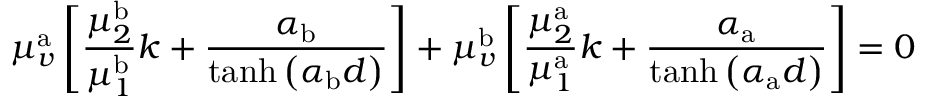
\mu _ { v } ^ { \mathrm { a } } \left[ \frac { \mu _ { 2 } ^ { \mathrm { b } } } { \mu _ { 1 } ^ { \mathrm { b } } } k + \frac { \alpha _ { \mathrm { b } } } { \operatorname { t a n h } \left( \alpha _ { \mathrm { b } } d \right) } \right] + \mu _ { v } ^ { \mathrm { b } } \left[ \frac { \mu _ { 2 } ^ { \mathrm { a } } } { \mu _ { 1 } ^ { \mathrm { a } } } k + \frac { \alpha _ { \mathrm { a } } } { \operatorname { t a n h } \left( \alpha _ { \mathrm { a } } d \right) } \right] = 0